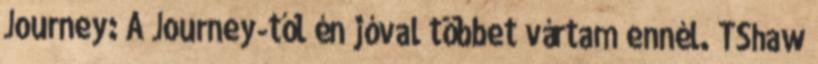
Journey: A Journey-től én jóval többet vártam ennél. TShaw